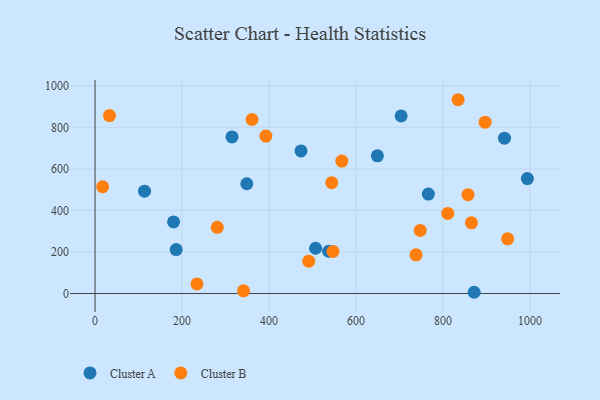
{"axis": {"x": "Speed", "y": "Profit"}, "legend": ["Cluster A", "Cluster B"], "data": [{"x": "348.8", "y": 528.6, "type": "Cluster A"}, {"x": "649.0", "y": 663.1, "type": "Cluster A"}, {"x": "536.9", "y": 203.4, "type": "Cluster A"}, {"x": "473.4", "y": 686.5, "type": "Cluster A"}, {"x": "993.8", "y": 553.5, "type": "Cluster A"}, {"x": "506.9", "y": 218.0, "type": "Cluster A"}, {"x": "180.5", "y": 344.8, "type": "Cluster A"}, {"x": "314.8", "y": 754.2, "type": "Cluster A"}, {"x": "766.2", "y": 479.1, "type": "Cluster A"}, {"x": "941.2", "y": 747.9, "type": "Cluster A"}, {"x": "186.4", "y": 211.7, "type": "Cluster A"}, {"x": "703.6", "y": 855.2, "type": "Cluster A"}, {"x": "871.5", "y": 5.9, "type": "Cluster A"}, {"x": "113.7", "y": 492.8, "type": "Cluster A"}, {"x": "17.4", "y": 514.1, "type": "Cluster B"}, {"x": "834.5", "y": 933.3, "type": "Cluster B"}, {"x": "810.8", "y": 385.5, "type": "Cluster B"}, {"x": "280.9", "y": 318.5, "type": "Cluster B"}, {"x": "544.0", "y": 533.7, "type": "Cluster B"}, {"x": "896.7", "y": 825.3, "type": "Cluster B"}, {"x": "341.3", "y": 12.9, "type": "Cluster B"}, {"x": "747.5", "y": 304.0, "type": "Cluster B"}, {"x": "865.2", "y": 340.2, "type": "Cluster B"}, {"x": "737.9", "y": 186.1, "type": "Cluster B"}, {"x": "857.3", "y": 476.2, "type": "Cluster B"}, {"x": "491.2", "y": 155.6, "type": "Cluster B"}, {"x": "546.9", "y": 202.6, "type": "Cluster B"}, {"x": "392.7", "y": 758.0, "type": "Cluster B"}, {"x": "567.3", "y": 637.9, "type": "Cluster B"}, {"x": "234.3", "y": 45.9, "type": "Cluster B"}, {"x": "948.4", "y": 263.1, "type": "Cluster B"}, {"x": "33.2", "y": 856.8, "type": "Cluster B"}, {"x": "360.9", "y": 838.0, "type": "Cluster B"}]}